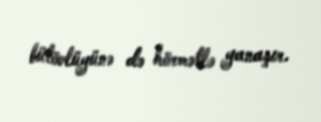
bütövlüyünə də hörmətlə yanaşır.